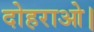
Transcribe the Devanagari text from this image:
दोहराओ।